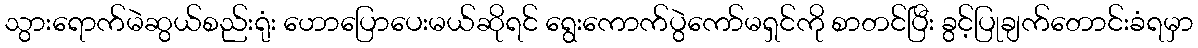
သွားရောက်မဲဆွယ်စည်းရုံး ဟောပြောပေးမယ်ဆိုရင် ရွေးကောက်ပွဲကော်မရှင်ကို စာတင်ပြီး ခွင့်ပြုချက်တောင်းခံရမှာ